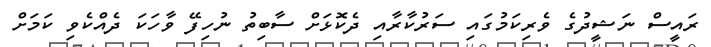
ރައީސް ނަޝީދުގެ ވެރިކަމުގައި ސަރުކާރާއި ދެކޮޅަށް ސާބިތު ނުހިފޭ ވާހަކަ ދެއްކެވި ކަމަށް